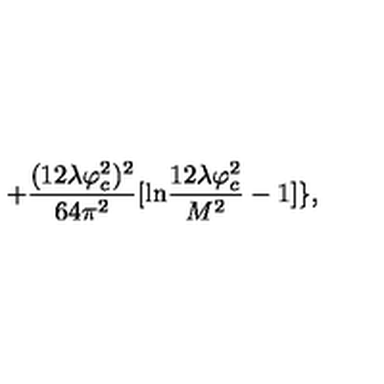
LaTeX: + \frac { ( 1 2 \lambda \varphi _ { c } ^ { 2 } ) ^ { 2 } } { 6 4 \pi ^ { 2 } } [ \mathrm { l n } \frac { 1 2 \lambda \varphi _ { c } ^ { 2 } } { M ^ { 2 } } - 1 ] \} ,